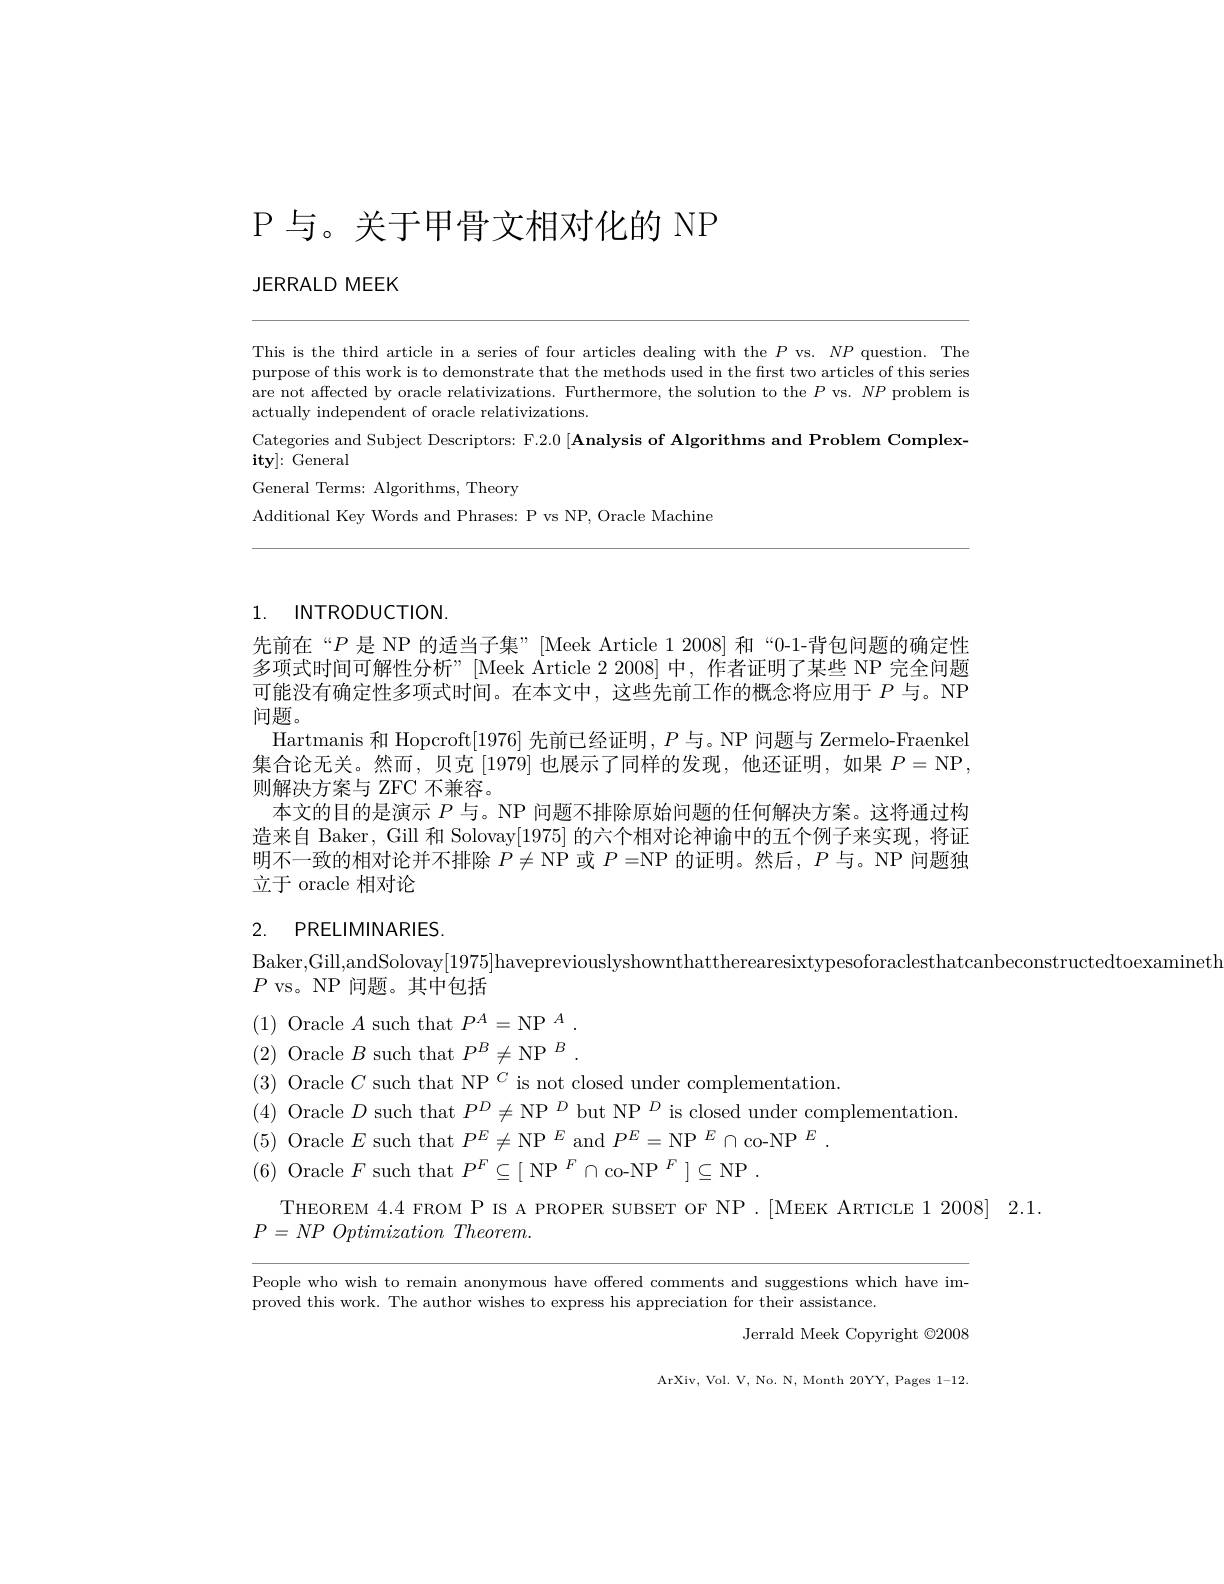
# P 与。关于甲骨文相对化的 NP

JERRALD MEEK

This is the third article in a series of four articles dealing with the $P$ vs. $NP$ question. The purpose of this work is to demonstrate that the methods used in the first two articles of this series are not affected by oracle relativizations. Furthermore, the solution to the $P$ vs. $NP$ problem is actually independent of oracle relativizations.
Categories and Subject Descriptors: F.2.0 [Analysis of Algorithms and Problem Complex-
$\mathbf{ity}]\colon$General
General Terms: Algorithms, Theory
Additional Key Words and Phrases: P vs NP, Oracle Machine

# 1. INTRODUCTION

先前在“P 是 NP 的适当子集”[Meek Article 1 2008] 和“0-1-背包问题的确定性多项式时间可解性分析”[Meek Article 2 2008]中，作者证明了某些 NP 完全问题可能没有确定性多项式时间。在本文中，这些先前工作的概念将应用于$P$与。NP 问题。
Hartmanis 和 Hopcroft[1976] 先前已经证明，$P$与。NP 问题与 Zermelo-Fraenkel 集合论无关。然而，贝克 [1979] 也展示了同样的发现，他还证明，如果$P=$NP, 则解决方案与 ZFC 不兼容。
本文的目的是演示$P$与。NP 问题不排除原始问题的任何解决方案。这将通过构造来自 Baker, Gill 和 Solovay[1975] 的六个相对论神谕中的五个例子来实现，将证明不一致的相对论并不排除$P\neq\operatorname{NP}$或$P=\operatorname{NP}$的证明。然后，$P$与。NP 问题独立于 oracle 相对论

## 2. PRELIMINARIES

Baker,Gill,andSolovay[1975]havepreviouslyshownthattherearesixtypesoforaclesthatcanbeconstructedtoexamineth
$P$ vs。NP 问题。其中包括
$(1){\text{ Oracle }A\text{ such that }P^A}={\mathrm{NP}}^A.$ (2) Oracle $B$ such that $P^B\neq$NP$^B.$ (3) Oracle $C\text{ such that NP }^{C}$ is not closed under complementation.
(4) Oracle $D$ such that $P^D\neq \mathrm{NP}^D$but NP$^D$ is closed under complementation.
(5) Oracle $E$ such that $P^E\neq$NP$^E$and$P^E=$NP$^E\cap$co-NP$^E.$
(6) Oracle $F$ such that $P^F\subseteq[\text{ NP }^F\cap\text{co-NP }^F]\subseteq$NP.
THEOREM 4.4 FROM P IS A PROPER SUBSET OF NP .[MEEK ARTICLE 1 2008] 2.1.

$P= NP\textit{ Optimization Theorem. }$

People who wish to remain anonymous have offered comments and suggestions which have im-
proved this work. The author wishes to express his appreciation for their assistance.
Jerrald Meek Copyright $\odot2008$

ArXiv, Vol. V, No. N, Month 20YY, Pages 1-12.